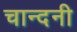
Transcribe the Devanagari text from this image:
चान्दनी